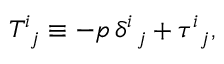
\begin{array} { r } { T _ { \, \, \, j } ^ { i } \equiv - p \, \delta _ { \, \, \, j } ^ { i } + \tau _ { \, \, \, j } ^ { i } , } \end{array}